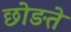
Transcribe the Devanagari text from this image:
छोङते